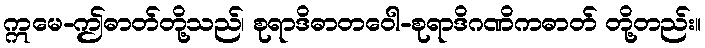
ဣမေ-ဤဓာတ်တို့သည်၊ စုရာဒိဓာတဝေါ-စုရာဒိဂဏိကဓာတ် တို့တည်း။